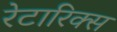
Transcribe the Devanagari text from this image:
रेटारिक्स